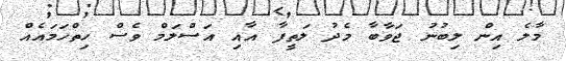
މާލެ އިން ލިބުނު ޖަވާބާ މެދު ލަތީފާ އާއި އަސްލަމް ވެސް ހިތްހަމައެއް